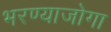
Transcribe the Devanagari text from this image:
भरण्याजोगा